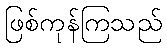
ဖြစ်ကုန်ကြသည်